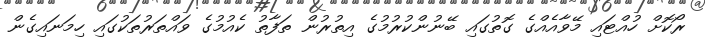
ރޯކޮށް ހުއްޓައި މޭވާއެއްގެ ގޮތުގައި ބޭނުންކުރުމުގެ އިތުރުން ތަފާތު ކެއުމުގެ ވައްތަރުތަކުގައި ހިމަނައިގެން